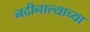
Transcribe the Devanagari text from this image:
नदीनाल्याच्या